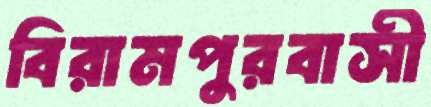
বিরামপুরবাসী